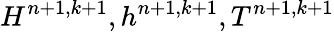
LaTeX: H^{n+1,k+1},h^{n+1,k+1},T^{n+1,k+1}